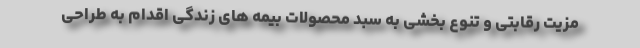
مزیت رقابتی و تنوع بخشی به سبد محصولات بیمه های زندگی اقدام به طراحی